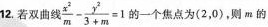
12. 若双曲线 $$\frac { x ^ { 2 } } { m } - \frac { y ^ { 2 } } { 3 + m } = 1$$ 的一个焦点为( 2，0 )，则 m 的